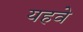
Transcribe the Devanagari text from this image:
यहवे